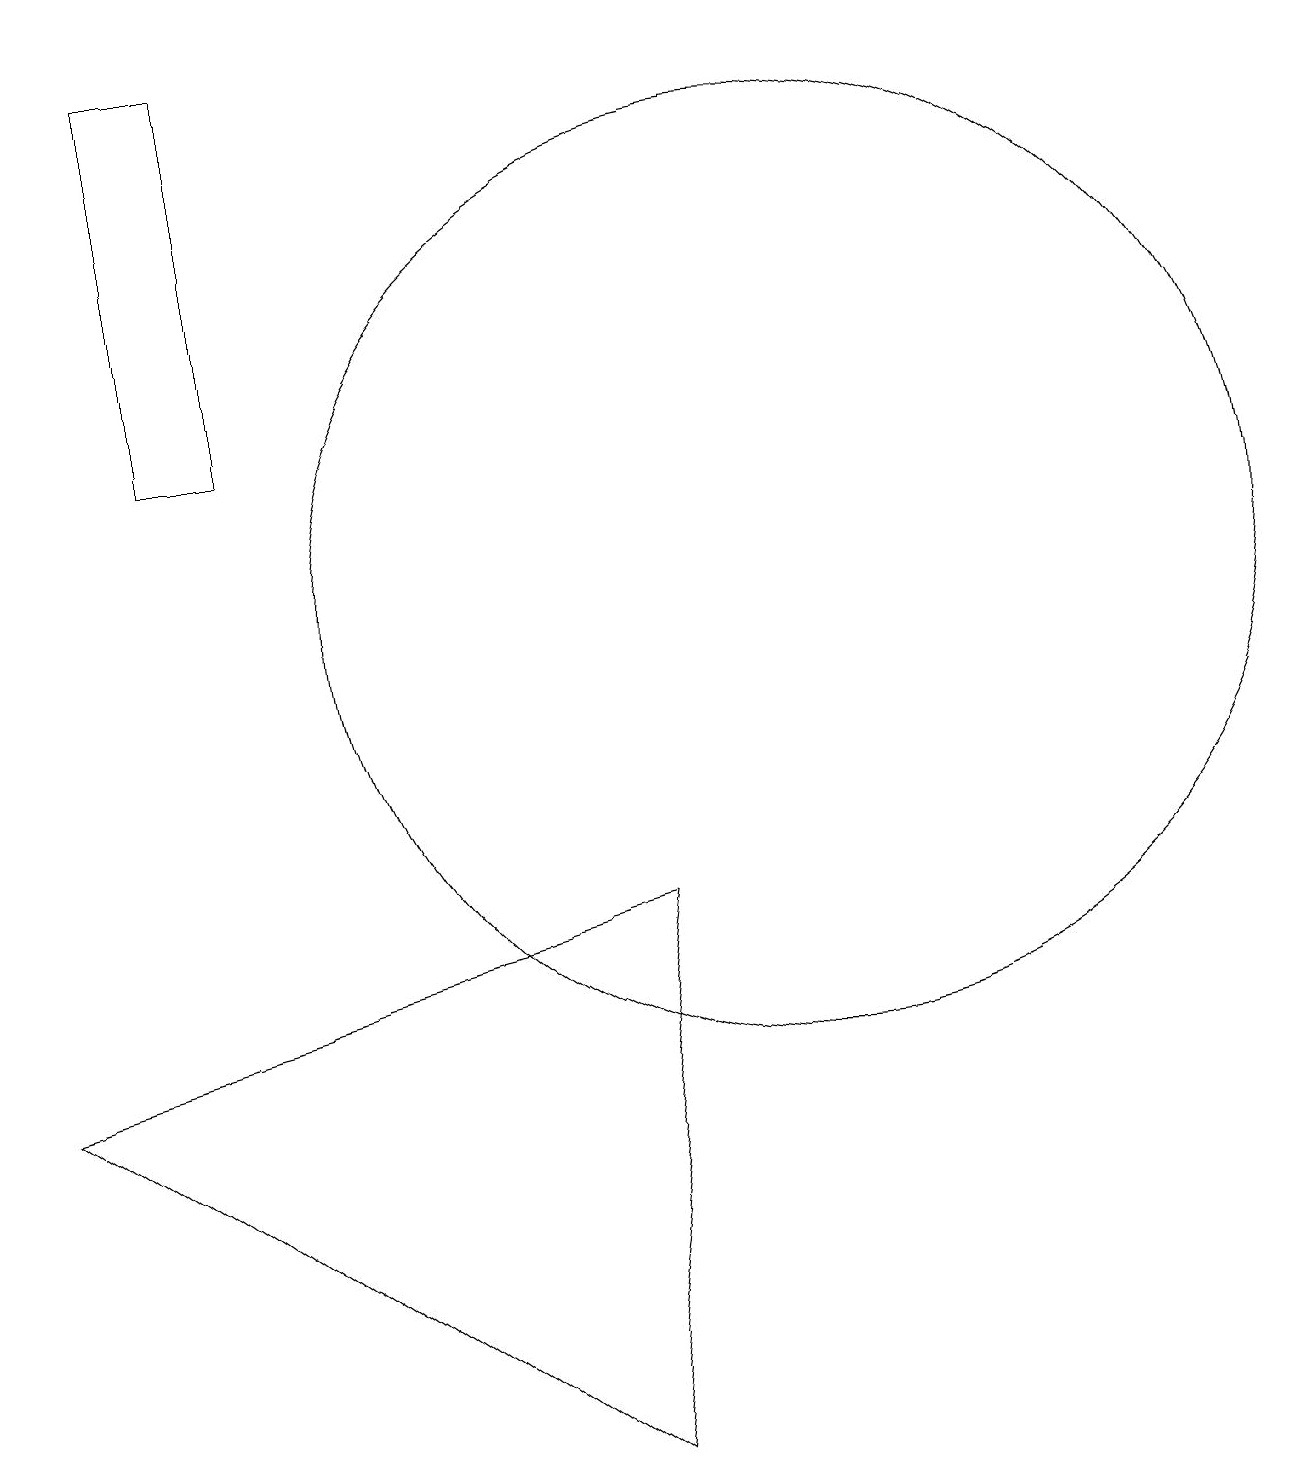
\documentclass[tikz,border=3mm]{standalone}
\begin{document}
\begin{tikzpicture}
\draw (8,1) -- (1,6) -- (9,8) -- cycle;
\draw (3,19) rectangle (4,14);
\draw (11,12) circle (6);
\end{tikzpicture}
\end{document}